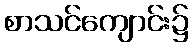
စာသင်ကျောင်း၌